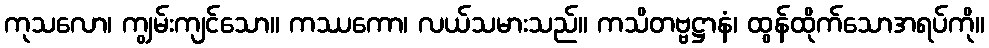
ကုသလော၊ ကျွမ်းကျင်သော။ ကဿကော၊ လယ်သမားသည်။ ကသိတဗ္ဗဋ္ဌာနံ၊ ထွန်ထိုက်သောအရပ်ကို။